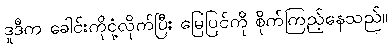
ဒူဒီက ခေါင်းကိုငုံ့လိုက်ပြီး မြေပြင်ကို စိုက်ကြည့်နေသည်။